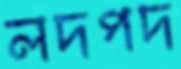
লদপদ